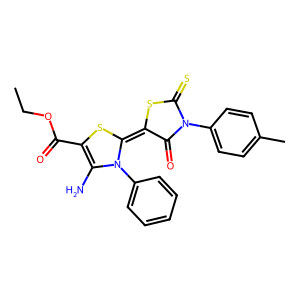
SMILES: CCOC(=O)C1=C(N)N(c2ccccc2)C(=C2SC(=S)N(c3ccc(C)cc3)C2=O)S1
Inhibits HIV replication: No